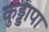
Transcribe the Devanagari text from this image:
कुड्डापा